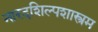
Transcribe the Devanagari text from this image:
नारदशिल्पशास्त्रम